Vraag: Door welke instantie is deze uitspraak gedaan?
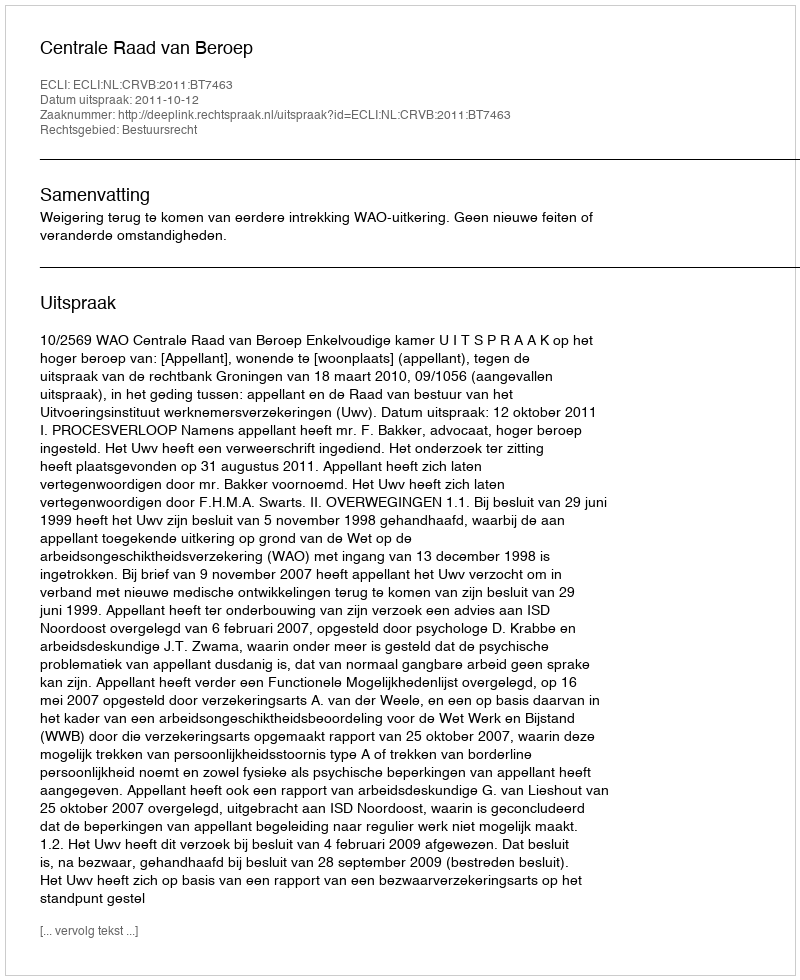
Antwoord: Centrale Raad van Beroep